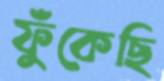
ফুঁকেছি